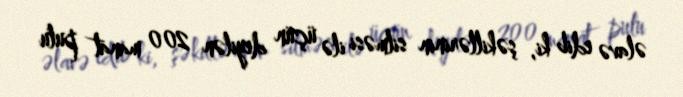
əlavə edib ki, şəkillərinin silməsi ilə üçün deyilən 200 manat pulu